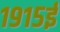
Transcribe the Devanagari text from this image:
१९१५ई